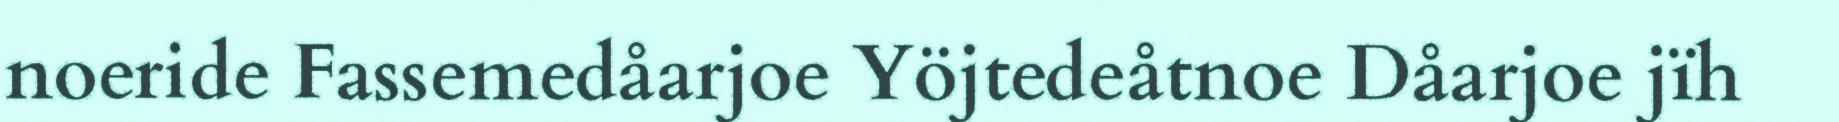
noeride Fassemedåarjoe Yöjtedeåtnoe Dåarjoe jïh